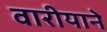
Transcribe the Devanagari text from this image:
वारीयाने